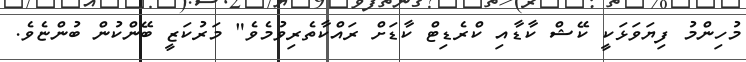
މުހިންމު ފިޔަވަޅަކީ ކޭޝް ކާޑާއި ކްރެޑިޓް ކާޑަށް ރައްކާތެރިވުމެވެ" މަރުކަޒީ ބޭންކުން ބުންޏެވެ.